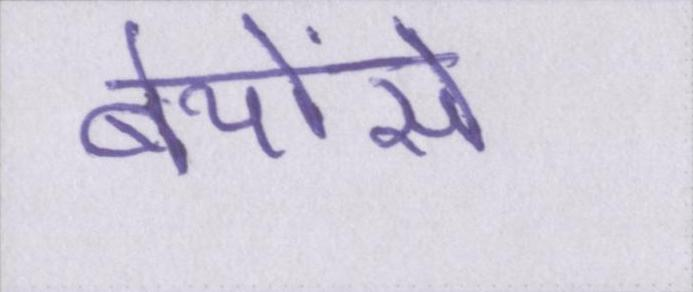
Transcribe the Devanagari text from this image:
बेयोंसे